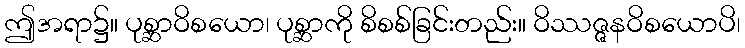
ဤအရာ၌။ ပုစ္ဆာဝိစယော၊ ပုစ္ဆာကို စိစစ်ခြင်းတည်း။ ဝိဿဇ္ဇနဝိစယောပိ၊